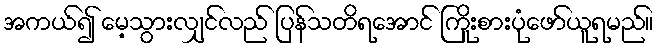
အကယ်၍ မေ့သွားလျှင်လည် ပြန်သတိရအောင် ကြိုးစားပုံဖော်ယူရမည်။